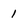
Character: 1